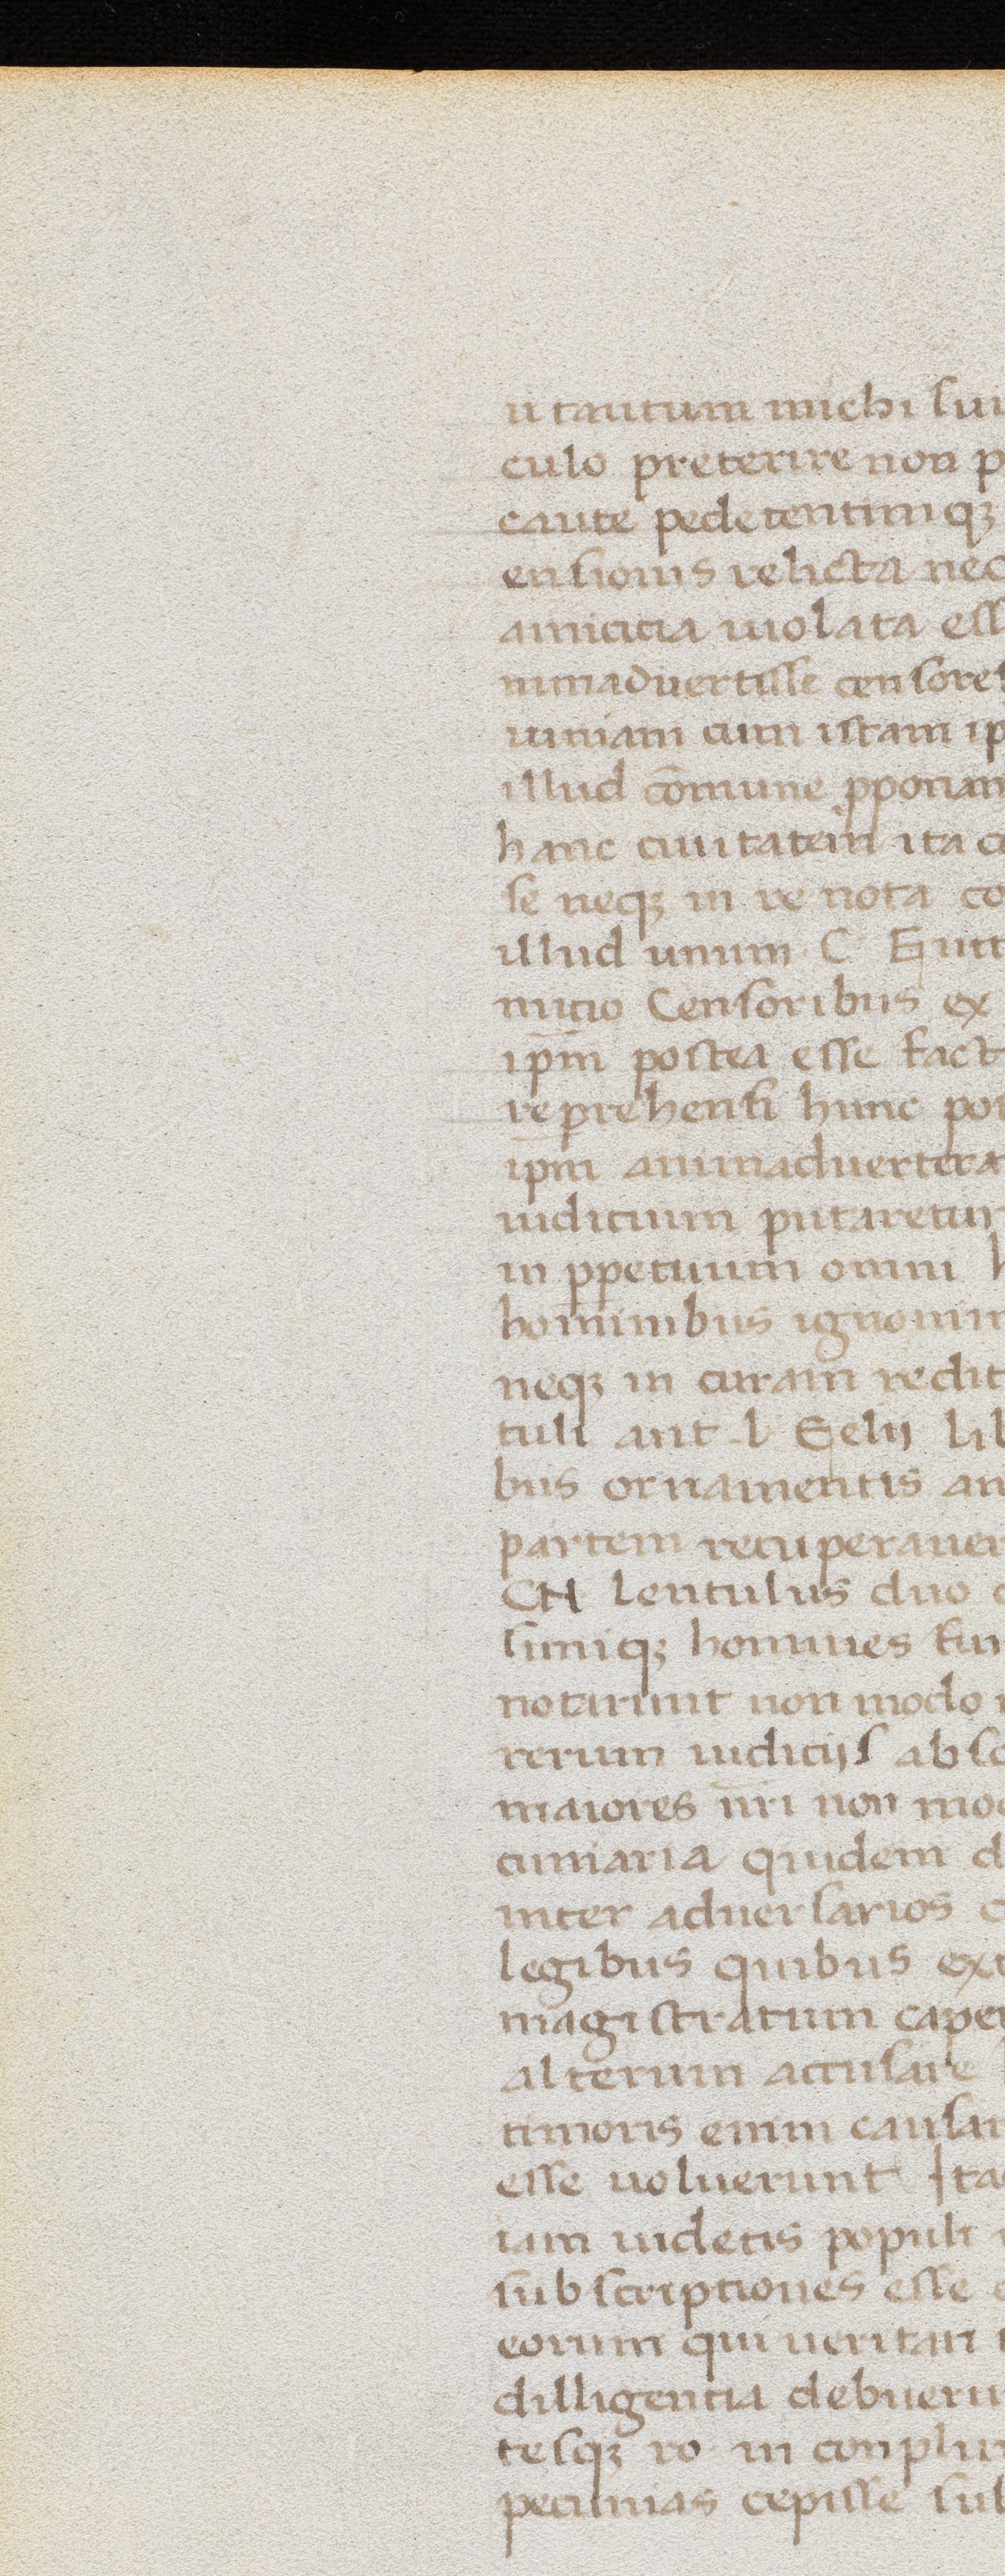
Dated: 1400–1499